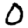
Digit: 0